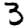
Digit: 3